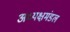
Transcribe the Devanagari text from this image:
अध्यक्षमंडल